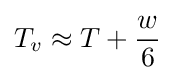
T_{v}\approx T+{\frac {w}{6}}